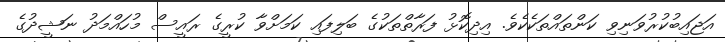
އަޖައިބުކުރުވަނިވި ކަންތައްތަކެކެވެ. އިދިކޮޅު ފަރާތްތަކުގެ ބަލިފައި ކަމަށްވާ ކުރީގެ ރައީސް މުހައްމަދު ނަޝީދުގެ